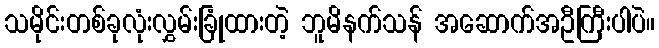
သမိုင်းတစ်ခုလုံးလွှမ်းခြုံထားတဲ့ ဘူမိနက်သန် အဆောက်အဦကြီးပါပဲ။